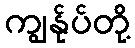
ကျွန်ုပ်တို့